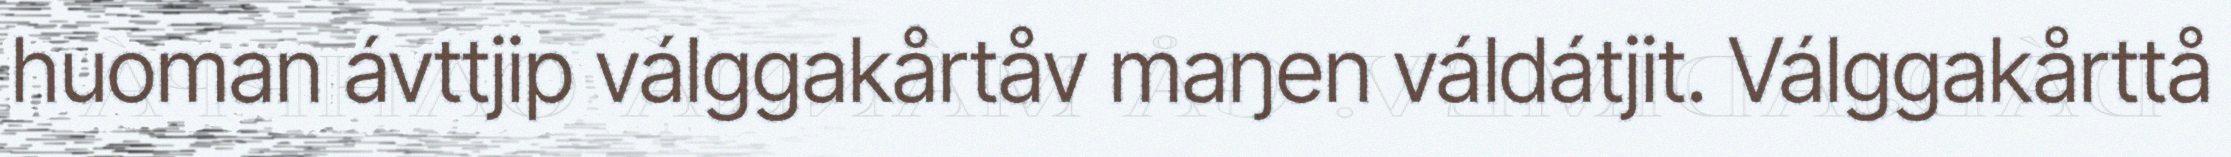
huoman ávttjip válggakårtåv maŋen váldátjit. Válggakårttå